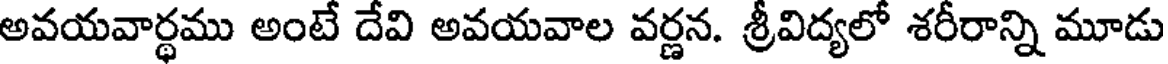
అవయవార్థము అంటే దేవి అవయవాల వర్ణన. శ్రీవిద్యలో శరీరాన్ని మూడు